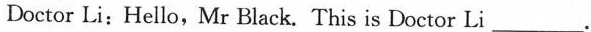
Doctor Li:Hello, Mr Black. This is Doctor Li _________.